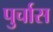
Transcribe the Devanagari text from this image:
पुर्चास